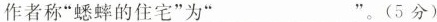
作者称”蟋蟀的住宅”为”___”。(5分)